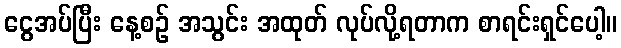
ငွေအပ်ပြီး နေ့စဉ် အသွင်း အထုတ် လုပ်လို့ရတာက စာရင်းရှင်ပေါ့။